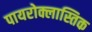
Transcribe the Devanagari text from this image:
पायरोक्लास्तिक